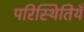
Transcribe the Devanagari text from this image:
परिस्थितियँ